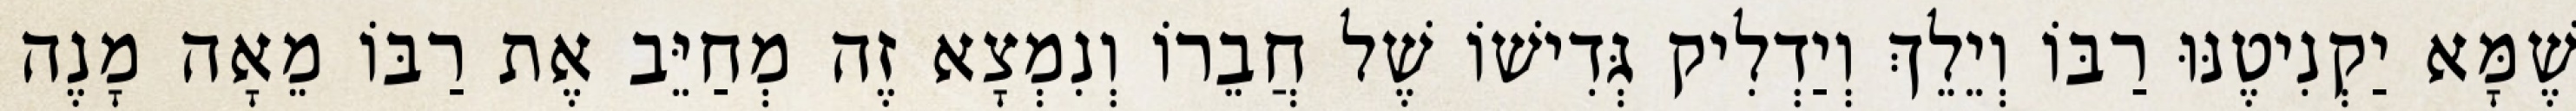
שֶׁמָּא יַקְנִיטֶנּוּ רַבּוֹ וְיֵלֵךְ וְיַדְלִיק גְּדִישׁוֹ שֶׁל חֲבֵרוֹ וְנִמְצָא זֶה מְחַיֵּב אֶת רַבּוֹ מֵאָה מָנֶה